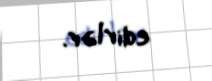
edirlər.